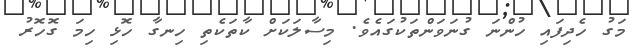
މަގު ހެދިފައި ހުންނަ ގުނަވަންތަކުގައެވެ. މިސާލަކަށް ކާތަކެތި ހިނގާ ހޮޅި ހިމަ ގޮހޮރު